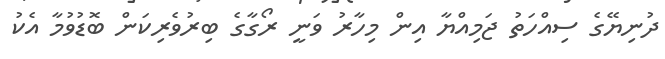
ދުނިޔޭގެ ސިއްހަތު ޖަމިއްޔާ އިން މިހާރު ވަނީ ރޯގާގެ ބިރުވެރިކަން ބޮޑުވުމާ އެކު